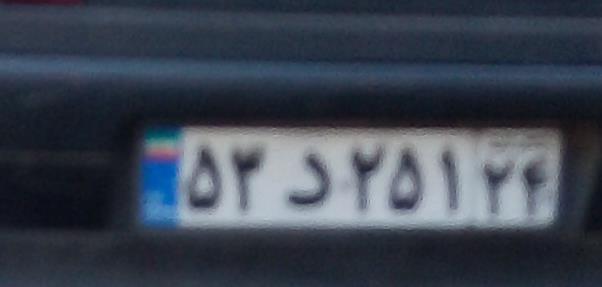
۵۳د۲۵۱۲۴